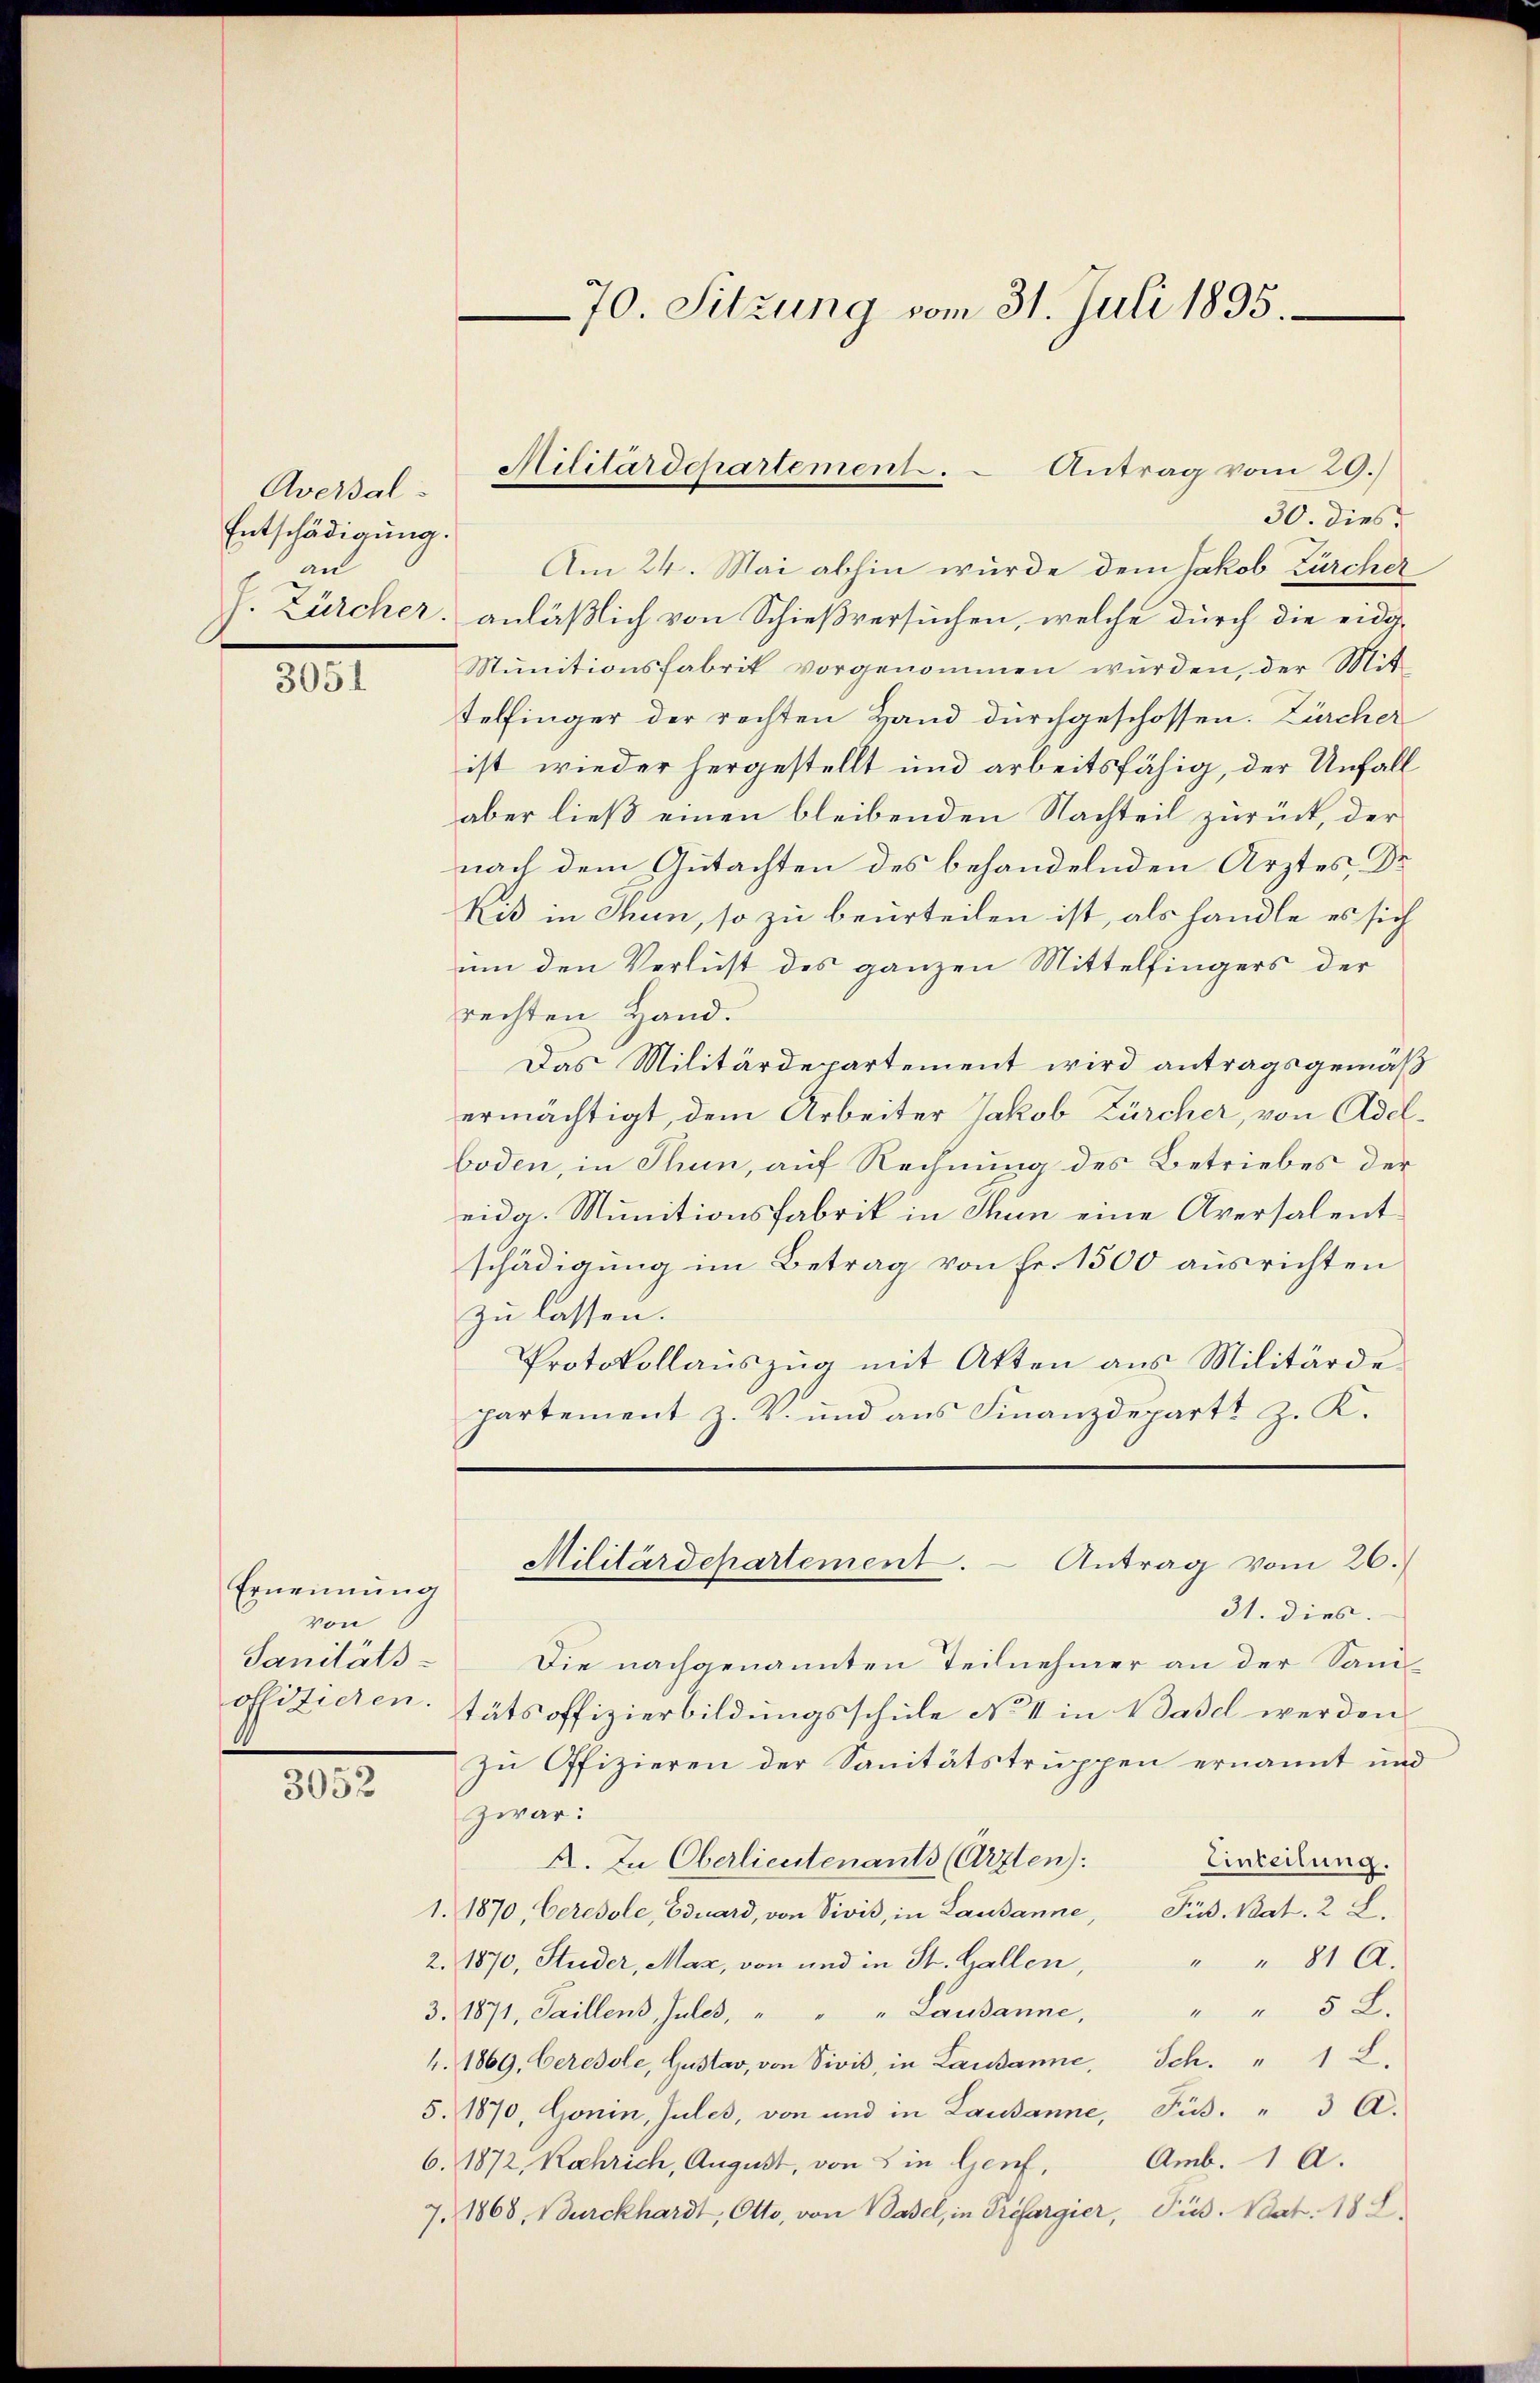
Aversal-
Entschädigung.
an

3051

Ernennung
von
00

3052

30. dies
Am 24. Mai abhin wurde dem Jakob Zürcher
J. Zürcher. anläßlich von Schießversuchen, welche durch die eidg¬
Munitionsfabrik vorgenommen wurden, der Mit
telfinger der rechten Hand durchgeschossen. Zürcher
ist wieder hergestellt und arbeitsfähig, der Unfall
aber ließ einen bleibenden Nachteil zurück, der
nach dem Gutachten des behandelnden Ärztes, Dr
Ris in Thun, so zu beurteilen ist, als handle es sich
um den Verlust des ganzen Mittelfingers der
rechten Hand.
Das Militärdepartement wird antragsgemäß
ermächtigt, dem Arbeiter Jakob Zürcher, von Adelboden, in Thun, auf Rechnung des Betriebes der
eidg. Munitionsfabrik in Thun eine Aversalent
schädigung im Betrag von Fr. 1500 ausrichten
zu lassen.
Protokollaŭszŭg mit Akten aus Militärde
partement z. V. und aus Finanzdepart z. K.

31. dies.
Sanitäts- Die nachgenannten Teilnehmer an der Sani-
offiziehen: tätsoffizierbildungsschule No 4 in Basel werden
Zu Offizieren der Sanitätstruppen ernannt und
zwar:
A. In Oberlieutenants (Arzten):
Einteilung.
1. 1870, Ceresole, Eduard, von Sivis, in Lausanne, Püs. Bat. 2 L.
" " 81 A.
2. 1870, Studer, Maz, von und in St. Gallen,
3. 1871, Saillens, Jules, " " " Lausanne, " " 5 L.
4. 1869, Ceresole, Gustav, von Sivis, in Lausanne, Sch." 1 L.
5. 1870, Gonin, Jules, von und in Lausanne, Füs. " 3 A.
Amb. 1 A.
6. 1872, Kochrich, August, von in Genf,
7. 1868, Burckhardt, Otto, von Basel, in Prefargier, Pus. Nest. 18 L.

70. Sitzung vom 31. Juli 1895.

Militärdepartement. - Antrag vom 29.)

Militärdepartement. Antrag vom 26.)